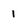
Character: 1